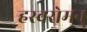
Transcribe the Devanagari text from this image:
र्‍हस्वरोमन्